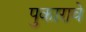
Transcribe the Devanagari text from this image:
पुकारावे